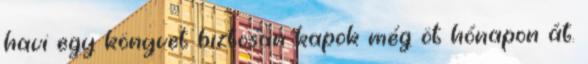
havi egy könyvet biztosan kapok még öt hónapon át.